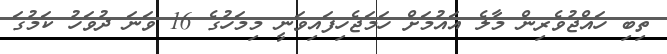
ތިބި ހައްޖުވެރިން މާލެ އައުމަށް ހަމަޖެހިފައިވަނީ މިމަހުގެ 16 ވަނަ ދުވަހު ކަމުގަ